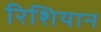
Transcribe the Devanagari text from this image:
रिशियान